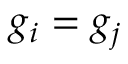
g _ { i } = g _ { j }